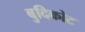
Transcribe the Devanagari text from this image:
बुदिकोट